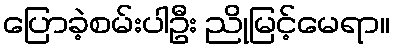
ပြောခဲ့စမ်းပါဦး ညိုမြင့်မေရာ။